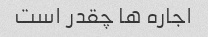
اجاره ها چقدر است